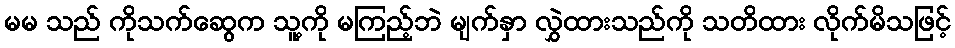
မမ သည် ကိုသက်ဆွေက သူ့ကို မကြည့်ဘဲ မျက်နှာ လွှဲထားသည်ကို သတိထား လိုက်မိသဖြင့်